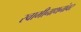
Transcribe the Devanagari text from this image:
स्वामीनाथनांवर